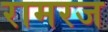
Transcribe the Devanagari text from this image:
रामरज